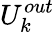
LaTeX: U_{k}^{out}